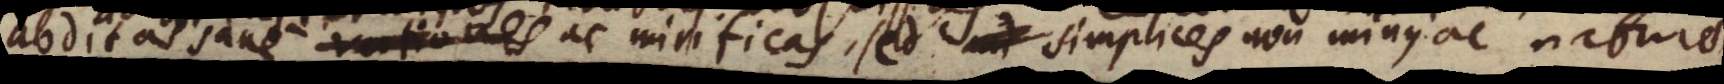
abditas sane ac mirificas, sed simplices non minus, ac naturae